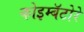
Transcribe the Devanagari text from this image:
कोइम्बॅटोरे